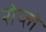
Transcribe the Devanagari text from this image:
रोय्ले